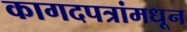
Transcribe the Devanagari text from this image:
कागदपत्रांमधून